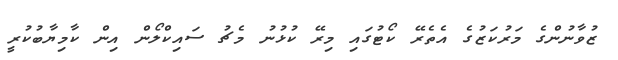
ޒުވާނުންގެ މަރުކަޒުގެ އެތެރޭ ކޯޓުގައި މިރޭ ކުޅުނު މެޗު ސައިކްލޯން އިން ކާމިޔާބުކުރީ